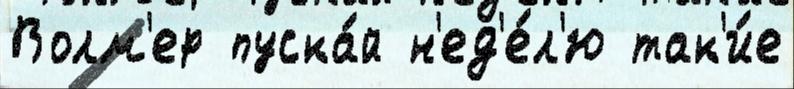
Волм'ер пуска́й н'ед'е́л'ю так'и́е